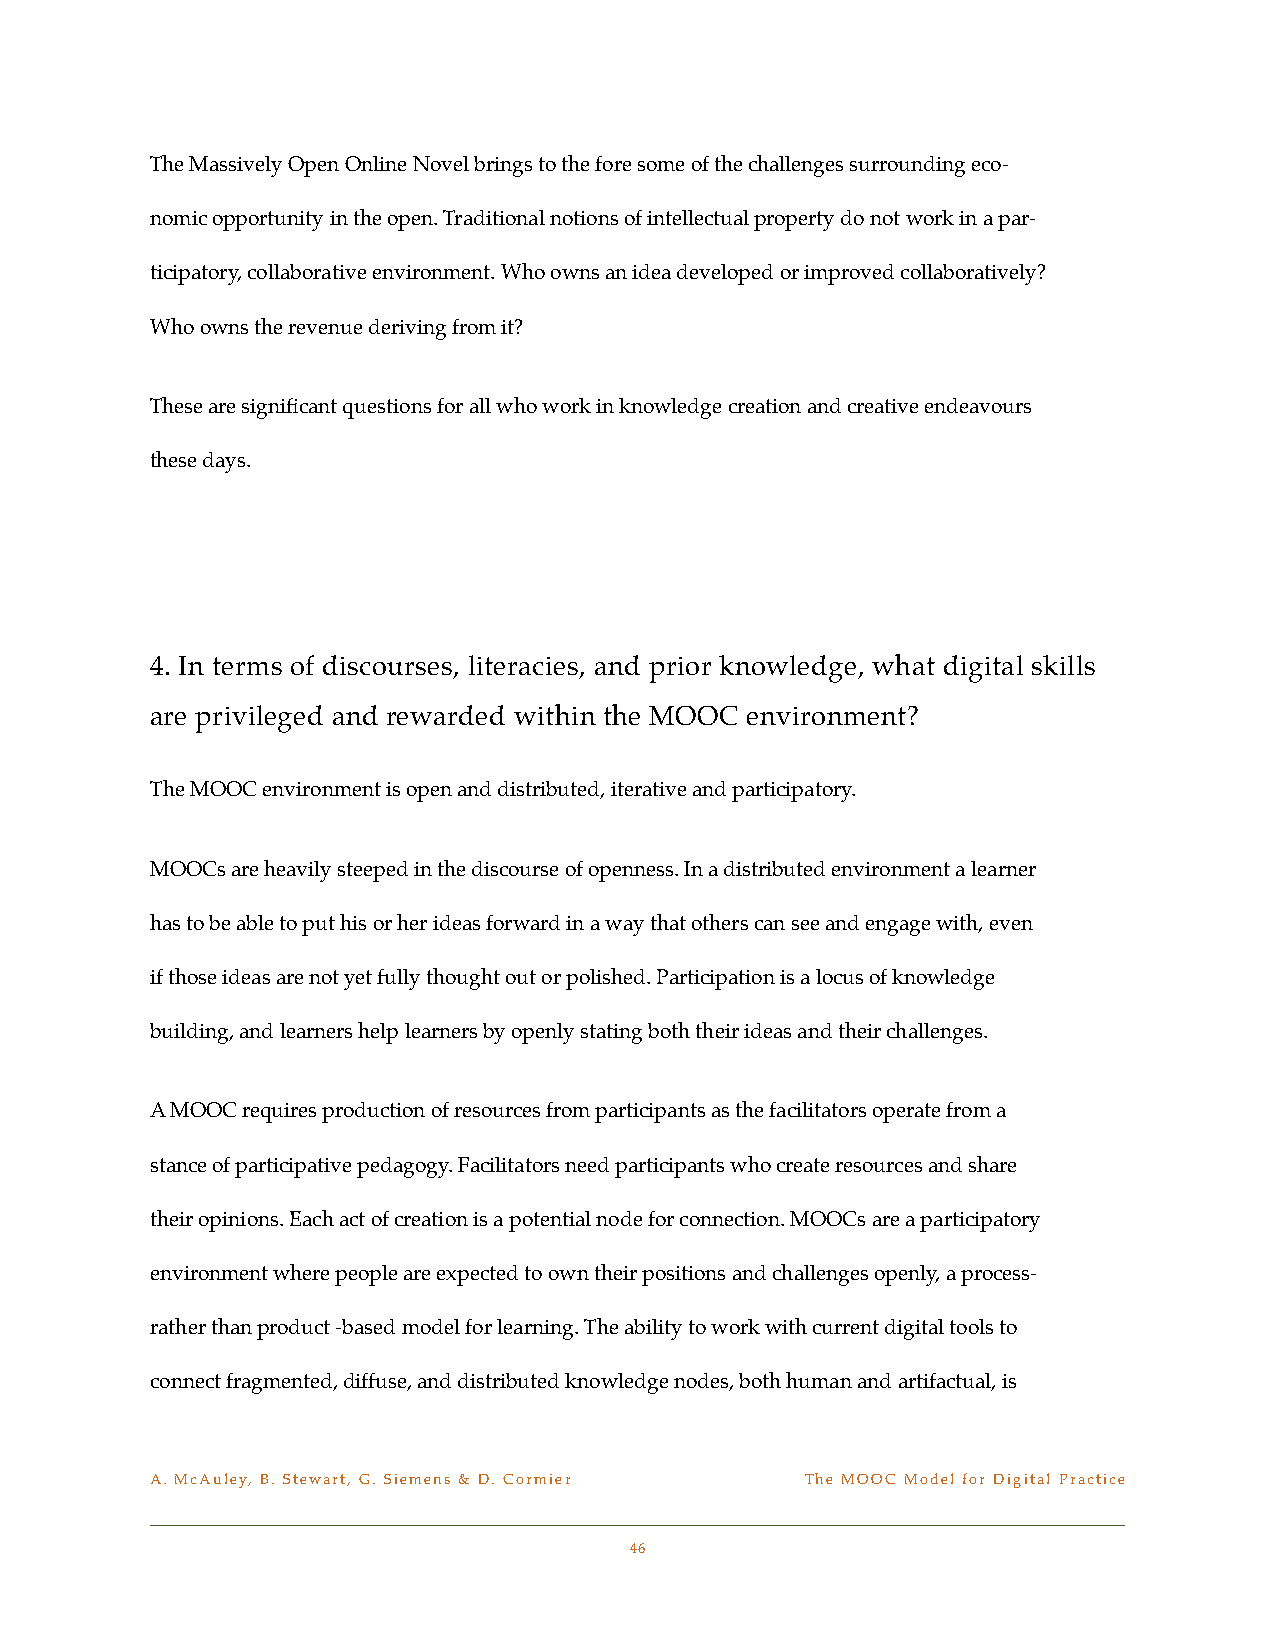
The Massively Open Online Novel brings to the fore some of the challenges surrounding eco-
 nomic opportunity in the open. Traditional notions of intellectual property do not work in a par-
 ticipatory, collaborative environment. Who owns an idea developed or improved collaboratively?
 Who owns the revenue deriving from it?
 These are significant questions for all who work in knowledge creation and creative endeavours
 these days.
 4. In terms of discourses, literacies, and prior knowledge, what digital skills
 are privileged and rewarded within the MOOC environment?
 The MOOC environment is open and distributed, iterative and participatory.
 MOOCs are heavily steeped in the discourse of openness. In a distributed environment a learner
 has to be able to put his or her ideas forward in a way that others can see and engage with, even
 if those ideas are not yet fully thought out or polished. Participation is a locus of knowledge
 building, and learners help learners by openly stating both their ideas and their challenges.
 A MOOC requires production of resources from participants as the facilitators operate from a
 stance of participative pedagogy. Facilitators need participants who create resources and share
 their opinions. Each act of creation is a potential node for connection. MOOCs are a participatory
 environment where people are expected to own their positions and challenges openly, a process-
 rather than product -based model for learning. The ability to work with current digital tools to
 connect fragmented, diffuse, and distributed knowledge nodes, both human and artifactual, is
 A. McAuley, B. Stewart, G. Siemens & D. Cormier! The MOOC Model for Digital Practice
 46